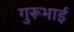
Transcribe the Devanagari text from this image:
गुरूभाई